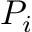
P _ { i }